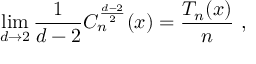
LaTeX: \operatorname * { l i m } _ { d \to 2 } \frac 1 { d - 2 } C _ { n } ^ { \frac { d - 2 } 2 } ( x ) = \frac { T _ { n } ( x ) } n \ , \nonumber \,